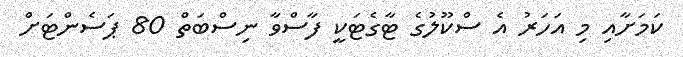
ކަމަށާއި މި އަހަރު އެ ސްކޫލުގެ ޓާގެޓަކީ ފާސްވާ ނިސްބަތް 80 ޕަސެންޓަށް